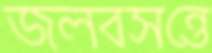
জলবসন্তে